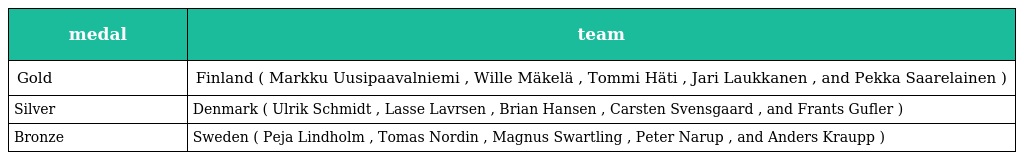
| medal | team |
 | --- | --- |
 | Gold | Finland ( Markku Uusipaavalniemi , Wille Mäkelä , Tommi Häti , Jari Laukkanen , and Pekka Saarelainen ) |
 | Silver | Denmark ( Ulrik Schmidt , Lasse Lavrsen , Brian Hansen , Carsten Svensgaard , and Frants Gufler ) |
 | Bronze | Sweden ( Peja Lindholm , Tomas Nordin , Magnus Swartling , Peter Narup , and Anders Kraupp ) |